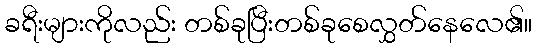
ခရီးများကိုလည်း တစ်ခုပြီးတစ်ခုစေလွှတ်နေလေ၏။